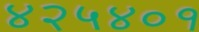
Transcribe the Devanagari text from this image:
४२५४०१